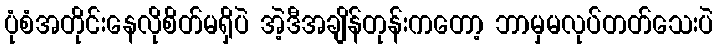
ပုံစံအတိုင်းနေလိုစိတ်မရှိပဲ အဲ့ဒီအချိန်တုန်းကတော့ ဘာမှမလုပ်တတ်သေးပဲ